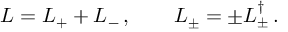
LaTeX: L = L _ { + } + L _ { - } \, , \qquad L _ { \pm } = \pm L _ { \pm } ^ { \dag } \, .